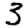
Digit: 3